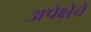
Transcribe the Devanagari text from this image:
अपेक्षेचे